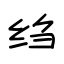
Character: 绉